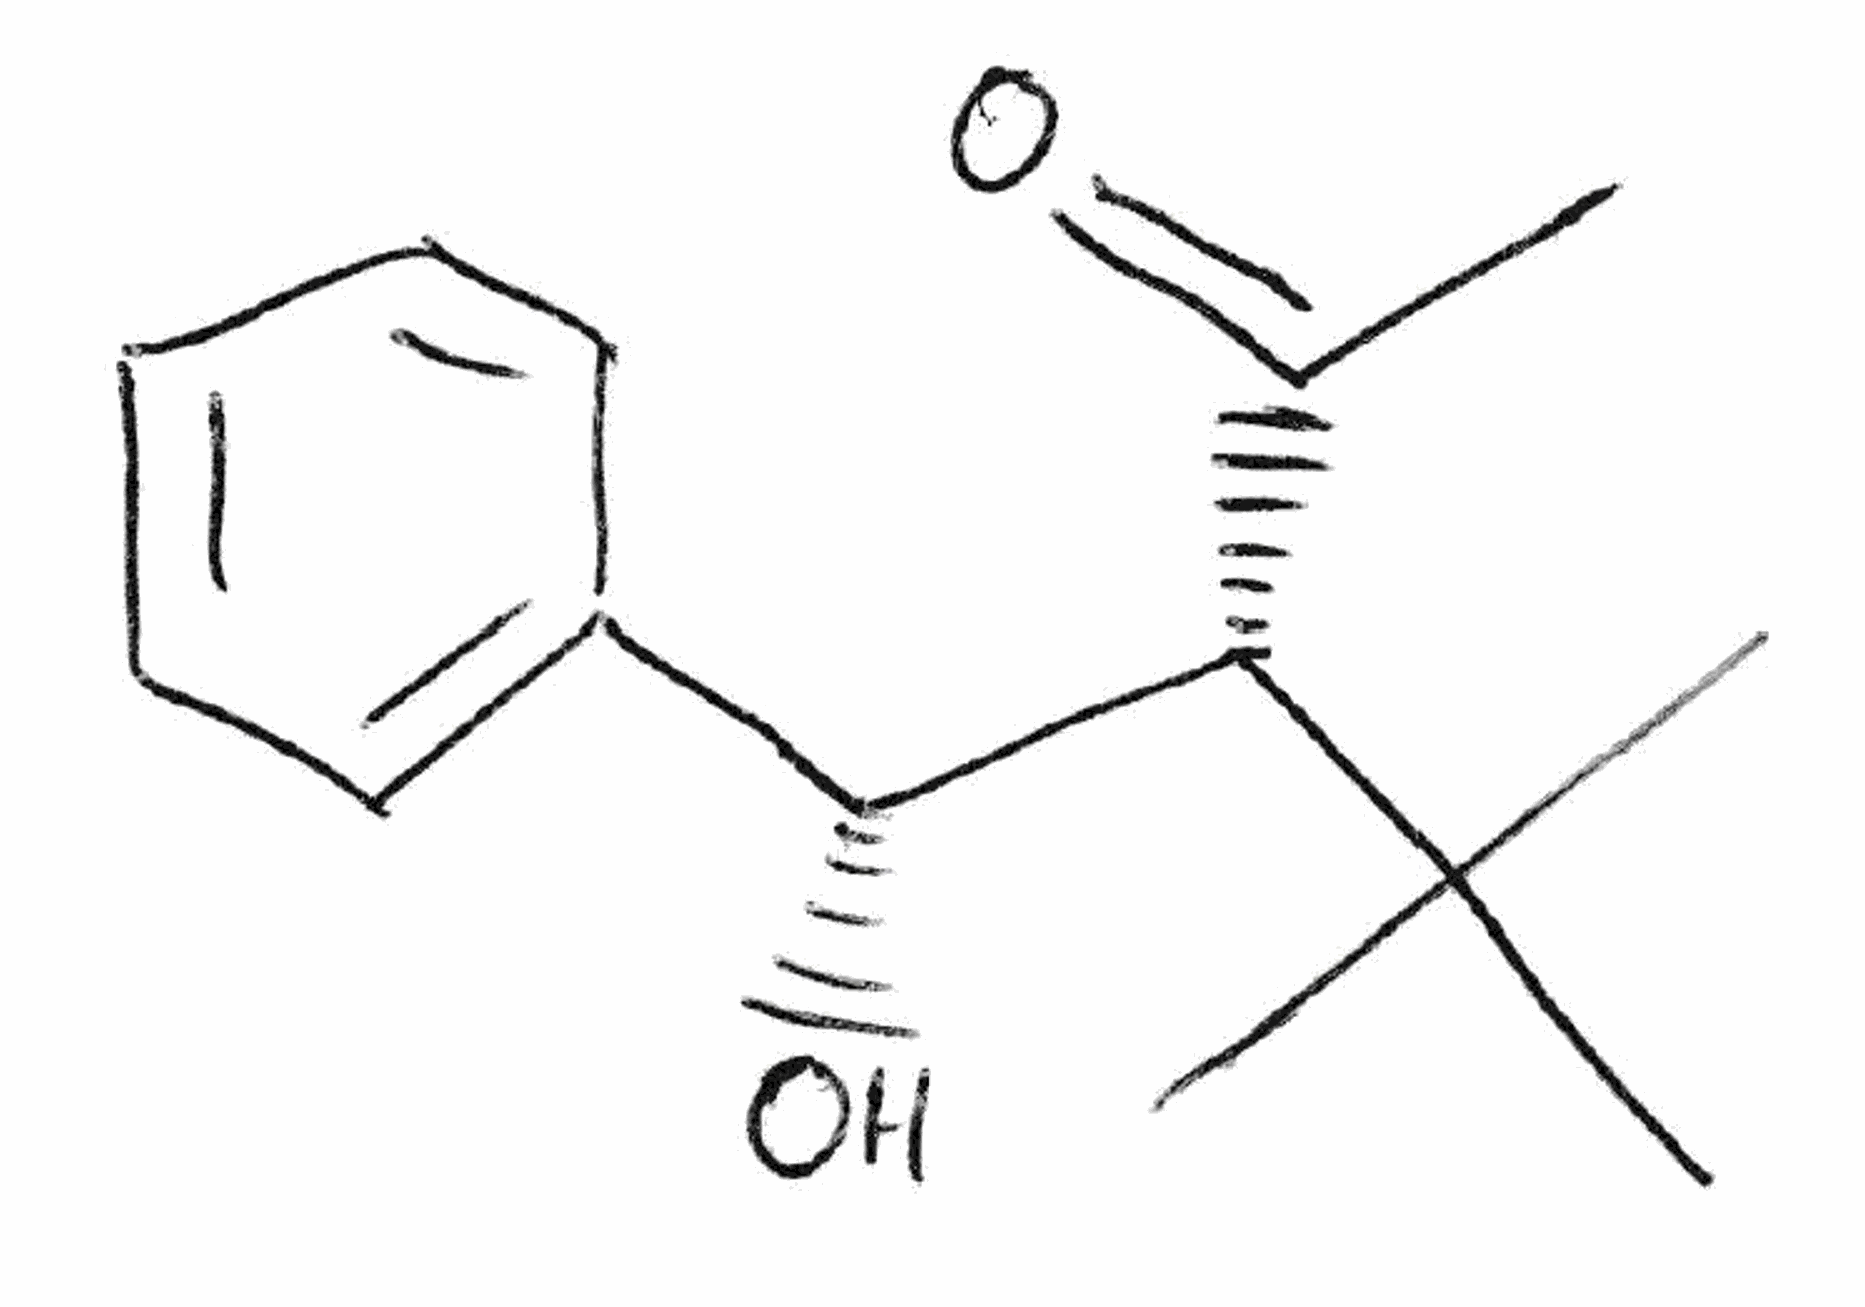
Simplified molecular-input line-entry system (SMILES) notation of the given molecule:
CC(=O)[C@@H]([C@@H](C1=CC=CC=C1)O)C(C)(C)C